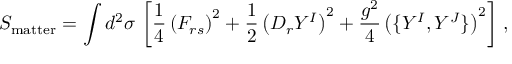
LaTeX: S _ { \mathrm { m a t t e r } } = \int d ^ { 2 } \sigma \, \left[ \frac { 1 } { 4 } \left( F _ { r s } \right) ^ { 2 } + \frac { 1 } { 2 } \left( D _ { r } Y ^ { I } \right) ^ { 2 } + \frac { g ^ { 2 } } { 4 } \left( \{ Y ^ { I } , Y ^ { J } \} \right) ^ { 2 } \right] \, ,